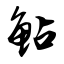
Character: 鲇